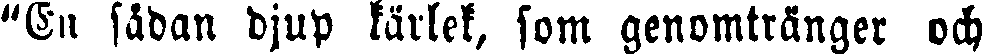
"En sådan djup kärlek, som genomtränger och